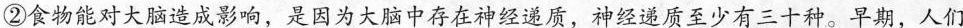
②食物能对大脑造成影响，是因为大脑中存在神经递质，神经递质至少有三十种。早期，人们